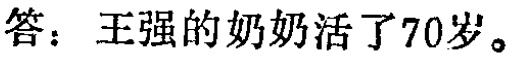
答：王强的奶奶活了70岁。